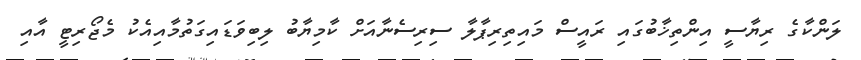
ލަންކާގެ ރިޔާސީ އިންތިޚާބުގައި ރައީސް މައިތިރިޕާލާ ސިރިސެނާއަށް ކާމިޔާބު ލިބިވަޑައިގަތުމާއިއެކު މެޖޯރިޓީ އާއި